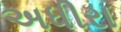
અધીરા